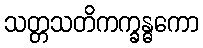
သတ္တသတိကက္ခန္ဓကော